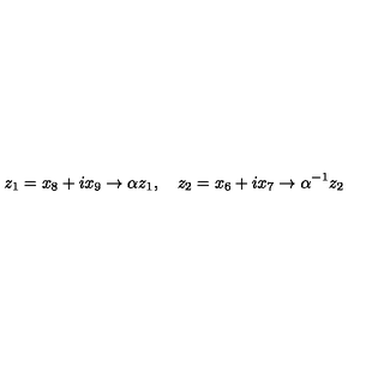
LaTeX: z _ { 1 } = x _ { 8 } + i x _ { 9 } \rightarrow \alpha z _ { 1 } , \quad z _ { 2 } = x _ { 6 } + i x _ { 7 } \rightarrow \alpha ^ { - 1 } z _ { 2 }